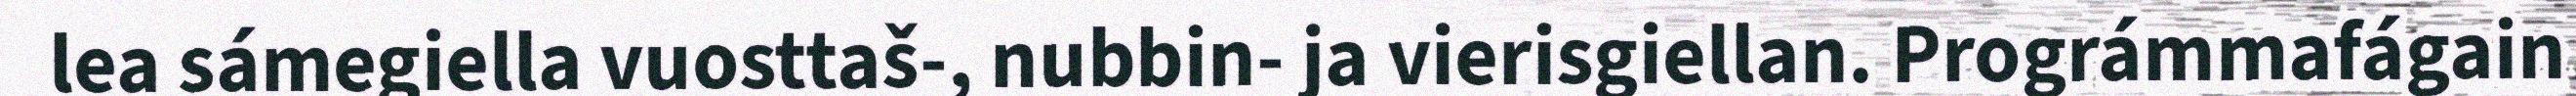
lea sámegiella vuosttaš-, nubbin- ja vierisgiellan. Prográmmafágain